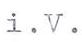
i.v.